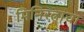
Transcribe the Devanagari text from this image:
मिनिरत्नाचा